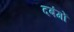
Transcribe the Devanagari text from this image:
दबंगों